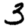
Digit: 3